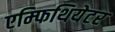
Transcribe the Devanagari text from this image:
एम्फिथियेटर